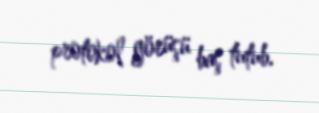
protokol görüşü baş tutub.